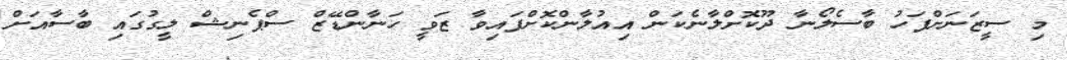
މި ސީޒަނަށްފަހު ބާސެލޯނާ ދޫކޮށްލާނެކަން އިއުލާންކޮށްފައިވާ ޒަވީ ހަނާންޑޭޒް ސްޕެނިޝް ލީގުގައި ބާސާއަށް